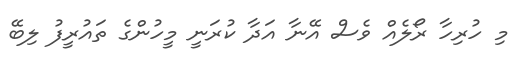
މި ހުރިހާ ރޯލެއް ވެސް އޭނާ އަދާ ކުރަނީ މީހުންގެ ތައުރީފު ލިބޭ